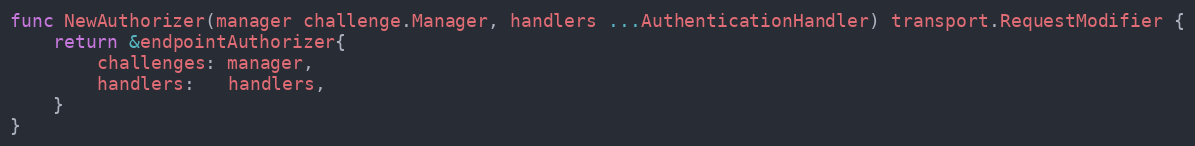
Language: Go
func NewAuthorizer(manager challenge.Manager, handlers ...AuthenticationHandler) transport.RequestModifier {
	return &endpointAuthorizer{
		challenges: manager,
		handlers:   handlers,
	}
}